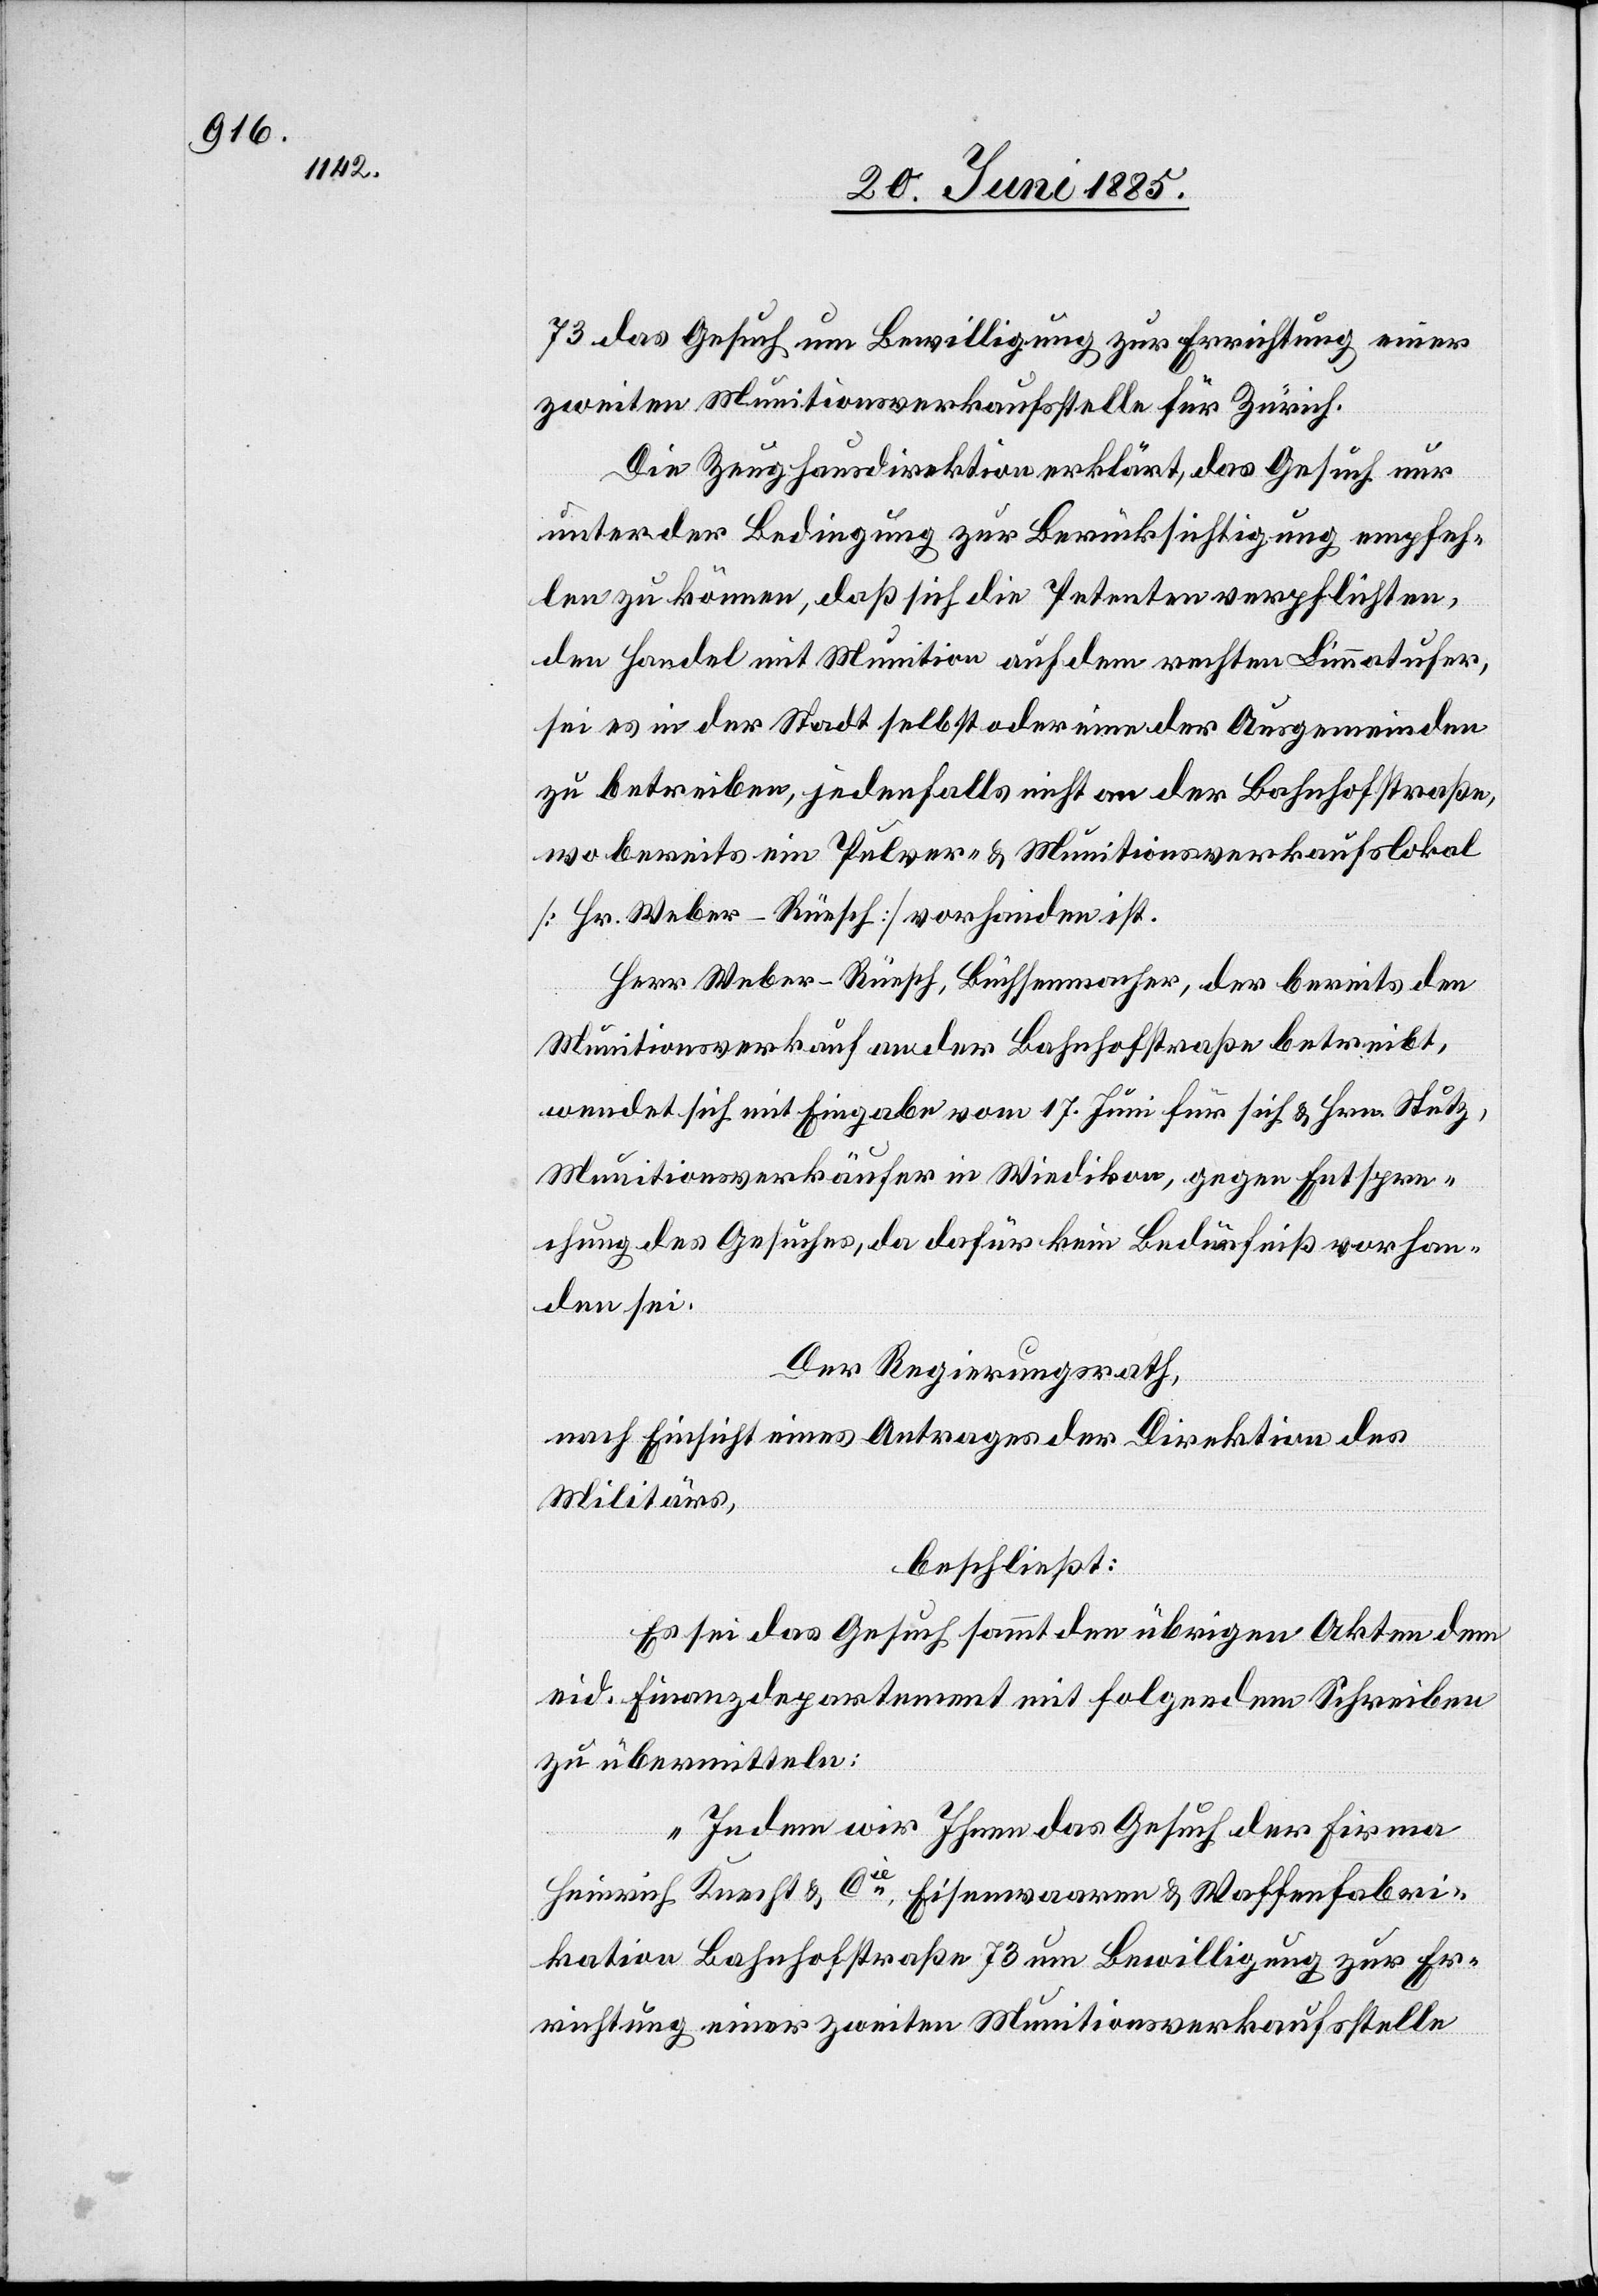
73 das Gesuch um Bewilligung zur Errichtung einer
zweiten Munitionsverkaufsstelle für Zürich.
Die Zeughausdirektion erklärt, das Gesuch nur
unter der Bedingung zur Berücksichtigung empfeh¬
len zu können, daß sich die Petenten verpflichten,
den Handel mit Munition auf dem rechten Limmatufer,
sei es in der Stadt selbst oder eine der Ausgemeinden
zu betreiben, jedenfalls nicht an der Bahnhofstraße,
wo bereits ein Pulver- & Munitionsverkaufslokal
[Hr. Weber-Rüesch] vorhanden ist.
Herr Weber-Rüesch, Büchsenmacher, der bereits den
Munitionsverkauf an der Bahnhofstraße betreibt,
wendet sich mit Eingabe vom 17. Juni für sich & Hrn. Stutz,
Munitionsverkäufer in Wiedikon, gegen Entspre¬
chung des Gesuches, da dafür kein Bedürfniß vorhan¬
den sei.
Der Regierungsrath,
nach Einsicht eines Antrages der Direktion des
Militärs,
beschließt:
Es sei das Gesuch sammt den übrigen Akten dem
eid. Finanzdepartment mit folgendem Schreiben
zu übermitteln:
„Indem wir Ihnen das Gesuch der Firma
Heinrich Knecht & Cie, Eisenwaareen & Waffenfabri¬
kation Bahnhofstraße 73 um Bewilligung zur Er¬
richtung einer zweiten Munitionsverkaufsstelle